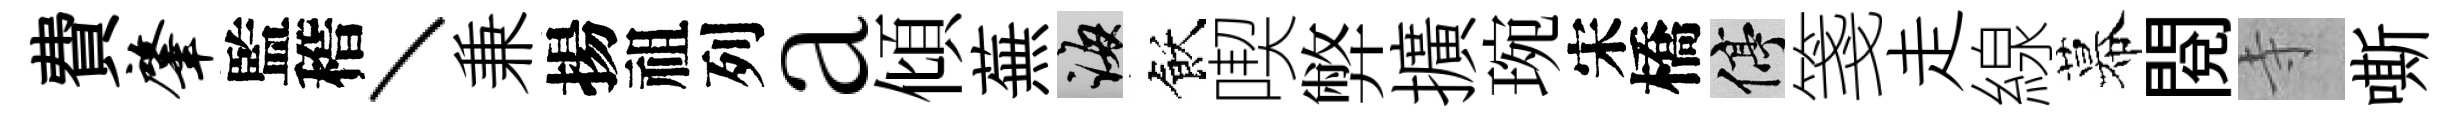
費肇監稽丶兼揚祖列a傾蕪誨飫喫弊擴琬宋橋停箋走線幕閲寺嘶